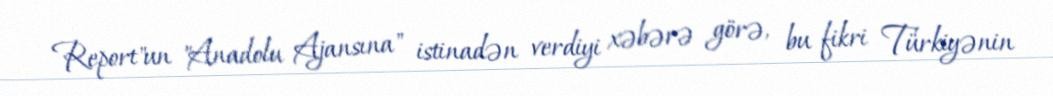
Report"un "Anadolu Ajansına" istinadən verdiyi xəbərə görə, bu fikri Türkiyənin